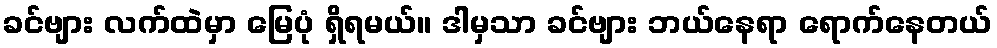
ခင်ဗျား လက်ထဲမှာ မြေပုံ ရှိရမယ်။ ဒါမှသာ ခင်ဗျား ဘယ်နေရာ ရောက်နေတယ်